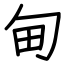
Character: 甸